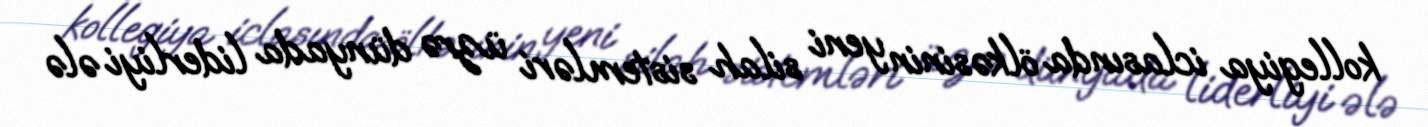
kollegiya iclasında ölkəsinin yeni silah sistemləri üzrə dünyada liderliyi ələ